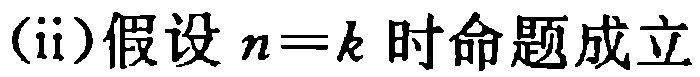
(ii)假设 \(n = k\) 时命题成立